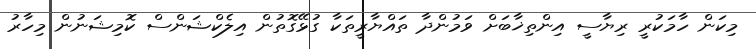
މިކަން ހާމަކުރީ ރިޔާސީ އިންތިޚާބަށް ވަމުންދާ ތައްޔާރީތަކާ ގުޅޭގޮތުން އިލެކްޝަންސް ކޮމިޝަނުން މިހާރު